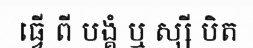
ធ្វើ ពី បង្គំ ឬ ស្សី បិត